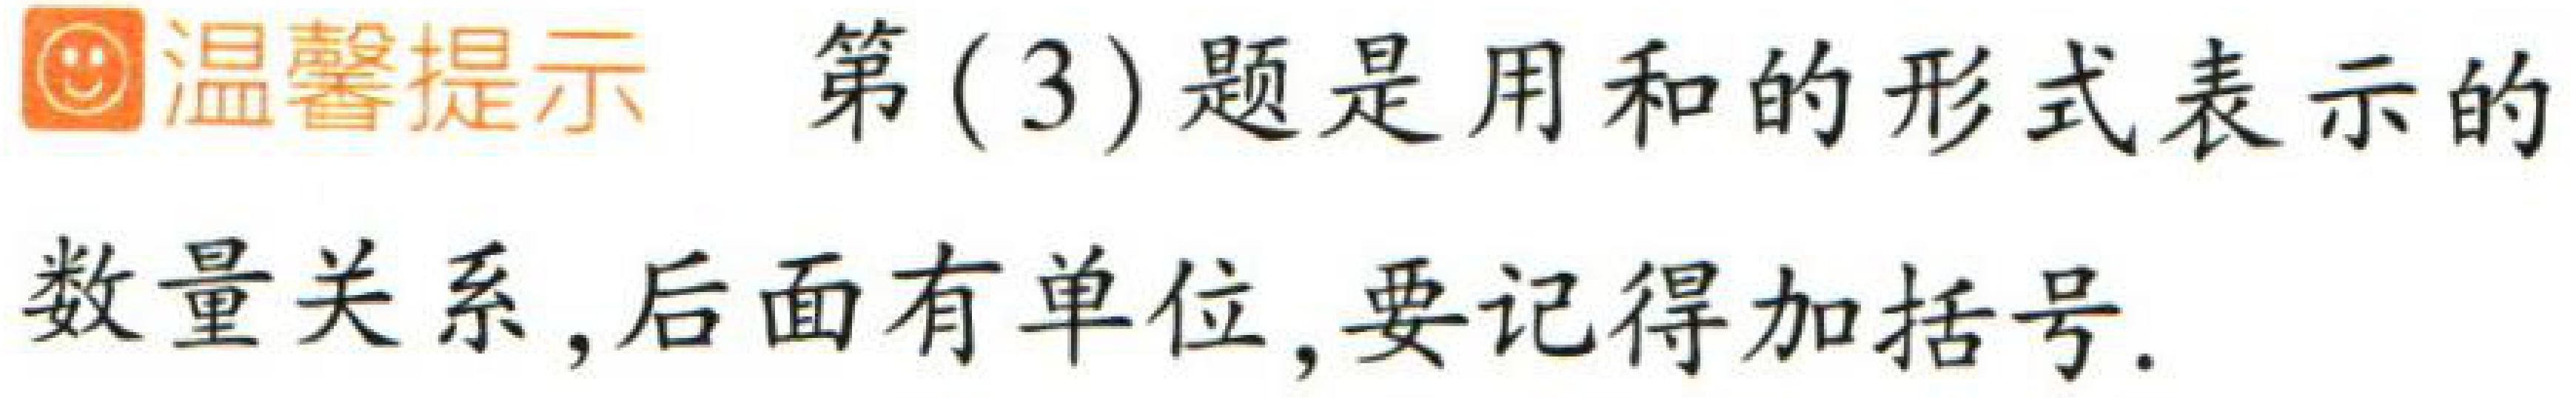
温馨提示 第(3)题是用和的形式表示的数量关系,后面有单位,要记得加括号.